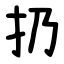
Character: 扔